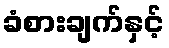
ခံစားချက်နှင့်